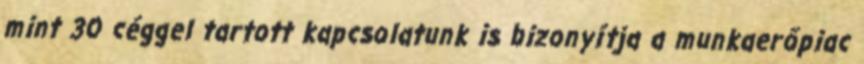
mint 30 céggel tartott kapcsolatunk is bizonyítja a munkaerőpiac